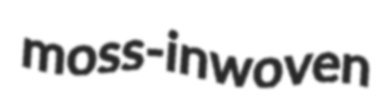
moss-inwoven